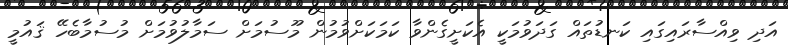
އަދި ވިއްސާރައިގައި ކަނޑުތައް ގަދަވުމަކީ އެކަށީގެންވާ ކަމަކަށްވުމުން މޫސުމަށް ސަމާލުވުމަށް މުސުމާބެހޭ ޤައުމީ